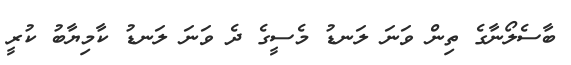
ބާސެލޯނާގެ ތިން ވަނަ ލަނޑު މެސީގެ ދެ ވަނަ ލަނޑު ކާމިޔާބު ކުރީ